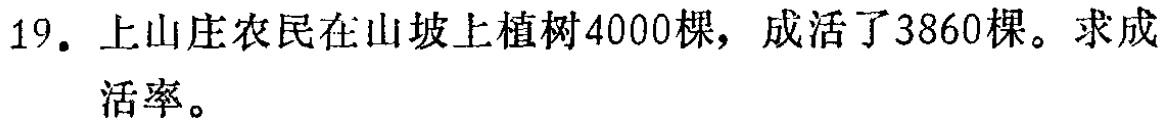
19. 上山庄农民在山坡上植树4000棵，成活了3860棵。求成活率。